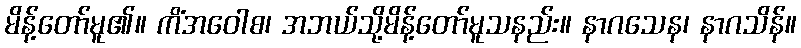
မိန့်တော်မူ၏။ ကိံအဝေါစ၊ အဘယ်သို့မိန့်တော်မူသနည်း။ နာဂသေန၊ နာဂသိန်။